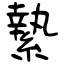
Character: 縶